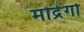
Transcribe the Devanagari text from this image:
मोद्रेगो